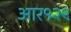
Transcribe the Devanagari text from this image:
आर१२९